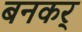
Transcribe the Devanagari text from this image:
बनकर्